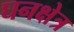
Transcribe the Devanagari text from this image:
घनक्षेत्र